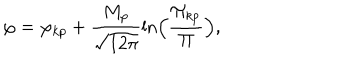
\varphi = { \varphi _ { k p } } + \frac { M _ { p } } { \sqrt { 1 2 \pi } } \ln \Bigl ( \frac { { \Pi } _ { k p } } { \Pi } \Bigr ) ,